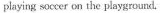
playing soccer on the playground.